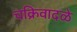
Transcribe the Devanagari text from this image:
चक्रिवादळे